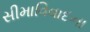
સીમાવિવાદના